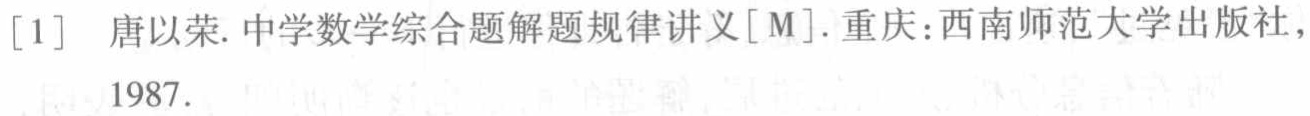
[1] 唐以荣. 中学数学综合题解题规律讲义[M]. 重庆:西南师范大学出版社, 1987.